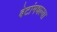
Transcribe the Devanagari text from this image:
बेटांमधल्या